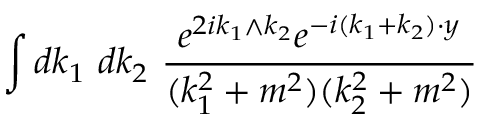
\int d k _ { 1 } \ d k _ { 2 } \ \frac { e ^ { 2 i k _ { 1 } \wedge k _ { 2 } } e ^ { - i ( k _ { 1 } + k _ { 2 } ) \cdot y } } { ( k _ { 1 } ^ { 2 } + m ^ { 2 } ) ( k _ { 2 } ^ { 2 } + m ^ { 2 } ) }